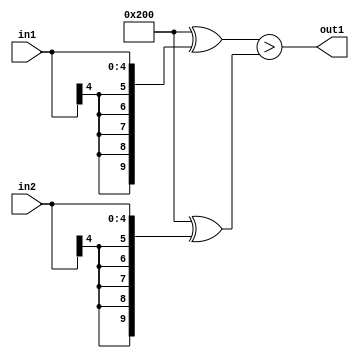
`timescale 1ps / 1ps
/*****************************************************************************
    Verilog RTL Description
    
    
    Created by: Stratus DpOpt 21.05.01 
*******************************************************************************/

module SobelFilter_LessThan_5Sx5S_1U_1 (
	in2,
	in1,
	out1
	); /* architecture "behavioural" */ 
input [4:0] in2,
	in1;
output  out1;
wire  asc001;

assign asc001 = ((10'B1000000000 ^ {{5{in1[4]}}, in1})>(10'B1000000000 ^ {{5{in2[4]}}, in2}));

assign out1 = asc001;
endmodule

/* CADENCE  ubXxQwk= : u9/ySxbfrwZIxEzHVQQV8Q== ** DO NOT EDIT THIS LINE ******/